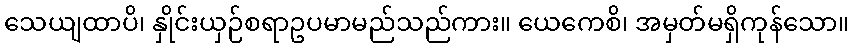
သေယျထာပိ၊ နှိုင်းယှဉ်စရာဥပမာမည်သည်ကား။ ယေကေစိ၊ အမှတ်မရှိကုန်သော။